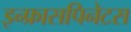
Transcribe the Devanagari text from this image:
इन्फ्रासपिनेटस